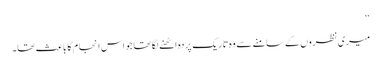
‘‘
میری نظروں کے سامنے سے وہ تاریک پردہ اٹھنے لگا تھا جو اس انجام کا باعث تھا۔